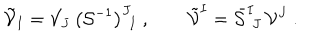
\tilde { \cal V } _ { I } = { \cal V } _ { J } \, \big ( { \cal S } ^ { - 1 } \big ) ^ { J } { } _ { \! I } \ , \qquad \tilde { \cal V } ^ { I } = \bar { \cal S } ^ { I } { } _ { \! J } \, { \cal V } ^ { J } \ .